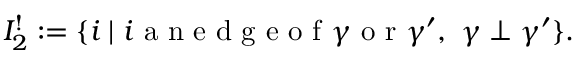
\begin{array} { r } { I _ { 2 } ^ { ! } : = \{ i \mid i \mathrm { ~ a ~ n ~ e ~ d ~ g ~ e ~ o ~ f ~ } \gamma \mathrm { ~ o ~ r ~ } \gamma ^ { \prime } , \ \gamma \perp \gamma ^ { \prime } \} . } \end{array}